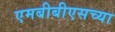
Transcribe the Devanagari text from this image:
एमबीबीएसच्या